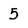
Character: 5